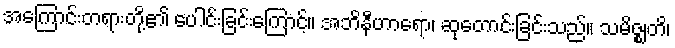
အကြောင်းတရားတို့၏ ပေါင်းခြင်းကြောင့်။ အဘိနီဟာရော၊ ဆုတောင်းခြင်းသည်။ သမိဇ္ဈတိ၊